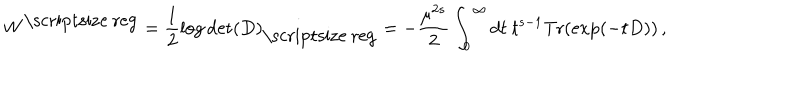
W ^ { \mathrm { \scriptsize ~ r e g } } = \frac 1 2 \log \det ( D ) _ { \mathrm { \scriptsize ~ r e g } } = - \frac { \mu ^ { 2 s } } { 2 } \int _ { 0 } ^ { \infty } d t ~ t ^ { s - 1 } \mathrm { T r } ( \exp ( - t D ) ) \, ,